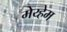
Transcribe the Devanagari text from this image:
मेय्हेम